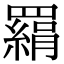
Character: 羂